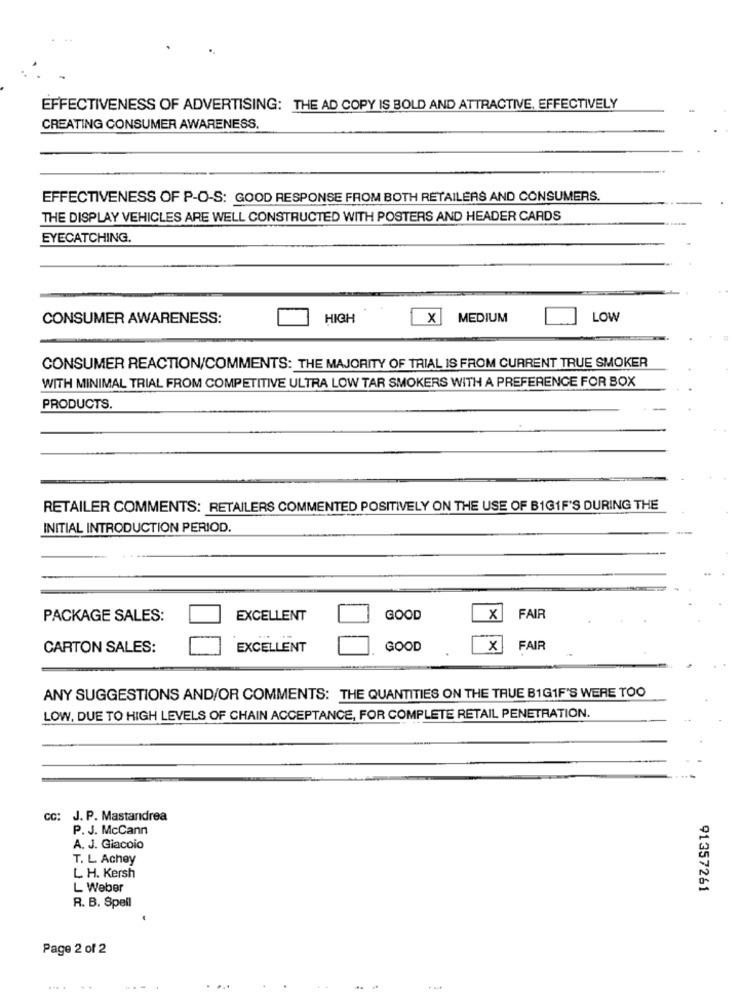
EFFECTIVENESS OF ADVERTISING: THE AD COPY IS BOLD AND ATTRACTIVE, EFFECTIVELY
CREATING CONSUMER AWARENESS.
EFFECTIVENESS OF P-O-S: GOOD RESPONSE FROM BOTH RETAILERS AND CONSUMERS.
THE DISPLAY VEHICLES ARE WELL CONSTRUCTED WITH POSTERS AND HEADER CARDS
EYECATCHING.
CONSUMER AWARENESS:
HIGH
X MEDIUM
LOW
CONSUMER REACTION/COMMENTS: THE MAJORITY OF TRIAL IS FROM CURRENT TRUE SMOKER
WITH MINIMAL TRIAL FROM COMPETITIVE ULTRA LOW TAR SMOKERS WITH A PREFERENCE FOR BOX
PRODUCTS.
RETAILER COMMENTS: RETAILERS COMMENTED POSITIVELY ON THE USE OF BIG1F'S DURING THE
INITIAL INTRODUCTION PERIOD.
PACKAGE SALES:
EXCELLENT
GOOD
x
FAIR
CARTON SALES:
EXCELLENT
GOOD
x
FAIR
ANY SUGGESTIONS AND/OR COMMENTS: THE QUANTITIES ON THE TRUE B1GIF'S WERE TOO
LOW, DUE TO HIGH LEVELS OF CHAIN ACCEPTANCE, FOR COMPLETE RETAIL PENETRATION.
CC: J. P. Mastandrea
P. J. McCann
A. J. Giacoio
T. L. Achey
L H. Kersh
L Weber
91357261
R. B. Spell
Page 2 of 2